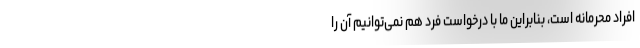
افراد محرمانه است، بنابراین ما با درخواست فرد هم نمی‌توانیم آن را